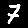
Digit: 7